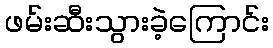
ဖမ်းဆီးသွားခဲ့ကြောင်း